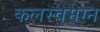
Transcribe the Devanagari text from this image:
कलरवमग्न